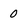
Character: 0